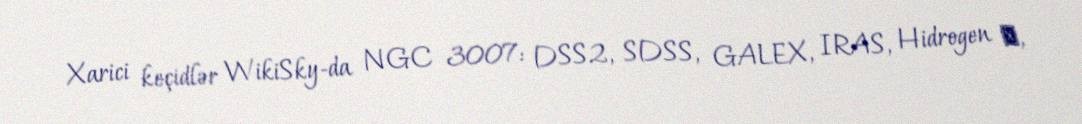
Xarici keçidlər WikiSky-da NGC 3007: DSS2, SDSS, GALEX, IRAS, Hidrogen α,